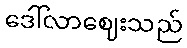
ဒေါ်လာဈေးသည်